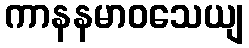
ကာနနမာဝသေယျ